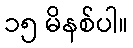
၁၅ မိနစ်ပါ။